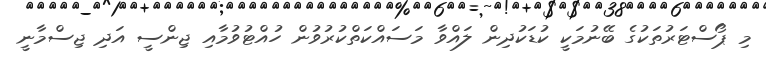
މި ޕޯސްޓަރުތަކުގެ ބޭނުމަކީ ކުޑަކުދިން ލައްވާ މަސައްކަތްކުރުވުން ހުއްޓުވުމާއި ޖިންސީ އަދި ޖިސްމާނީ